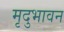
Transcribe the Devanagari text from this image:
मृदुभावन